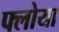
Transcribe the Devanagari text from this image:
फ्लोया